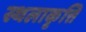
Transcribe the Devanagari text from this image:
स्थलाकृत्ति